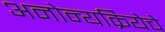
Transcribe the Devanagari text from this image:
अनोन्यक्रियेचे